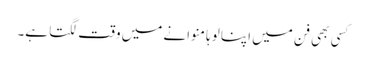
کسی بھی فن میں اپنا لوہا منوانے میں وقت لگتا ہے۔